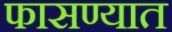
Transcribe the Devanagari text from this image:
फासण्यात